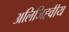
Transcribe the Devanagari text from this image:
अलिजिह्वीय